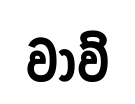
වාව්